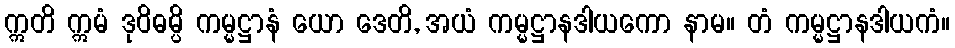
ဣတိ ဣမံ ဒုဝိဓမ္ပိ ကမ္မဋ္ဌာနံ ယော ဒေတိ, အယံ ကမ္မဋ္ဌာနဒါယကော နာမ။ တံ ကမ္မဋ္ဌာနဒါယကံ။